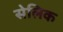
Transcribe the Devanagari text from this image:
सेलिक